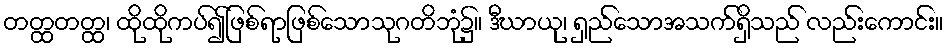
တတ္ထတတ္ထ၊ ထိုထိုကပ်၍ဖြစ်ရာဖြစ်သောသုဂတိဘုံ၌။ ဒီဃာယု၊ ရှည်သောအသက်ရှိသည် လည်းကောင်း။